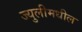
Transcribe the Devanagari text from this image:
ज्युलीमधील